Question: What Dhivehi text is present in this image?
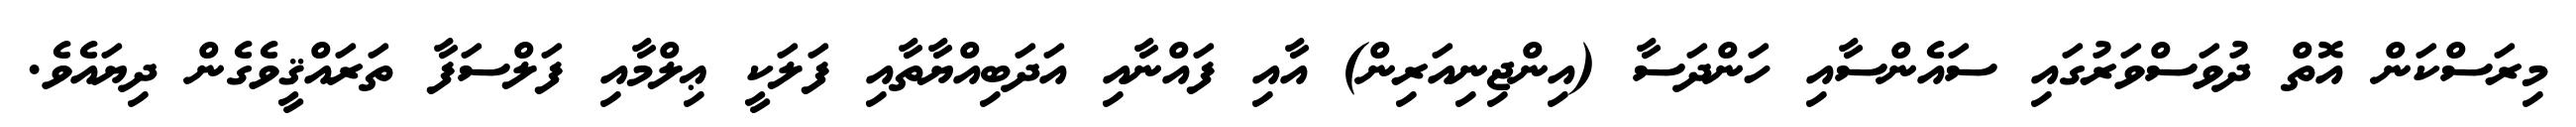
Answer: މިރަސްކަން އޮތް ދުވަސްވަރުގައި ސައެންސާއި ހަންދަސާ (އިންޖިނިއަރިން) އާއި ފައްނާއި އަދަބިއްޔާތާއި ފަލަކީ ޢިލްމާއި ފަލްސަފާ ތަރައްޤީވެގެން ދިޔައެވެ.